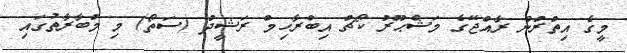
މީގެ އިތުރުން ރާއްޖޭގެ މަޝްޙޫރު ކޯޗު އިބްރާހިމް ރަޝީދު (ސަތޯ) މި މުބާރާތުގައި